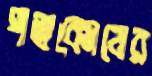
পত্রকোষের